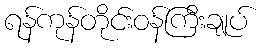
ရန်ကုန်တိုင်းဝန်ကြီးချုပ်